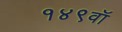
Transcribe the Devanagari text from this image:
१४९वॉ